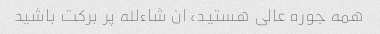
همه جوره عالى هستید، ان شاءلله پر برکت باشید